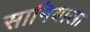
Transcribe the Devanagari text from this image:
सानियाला